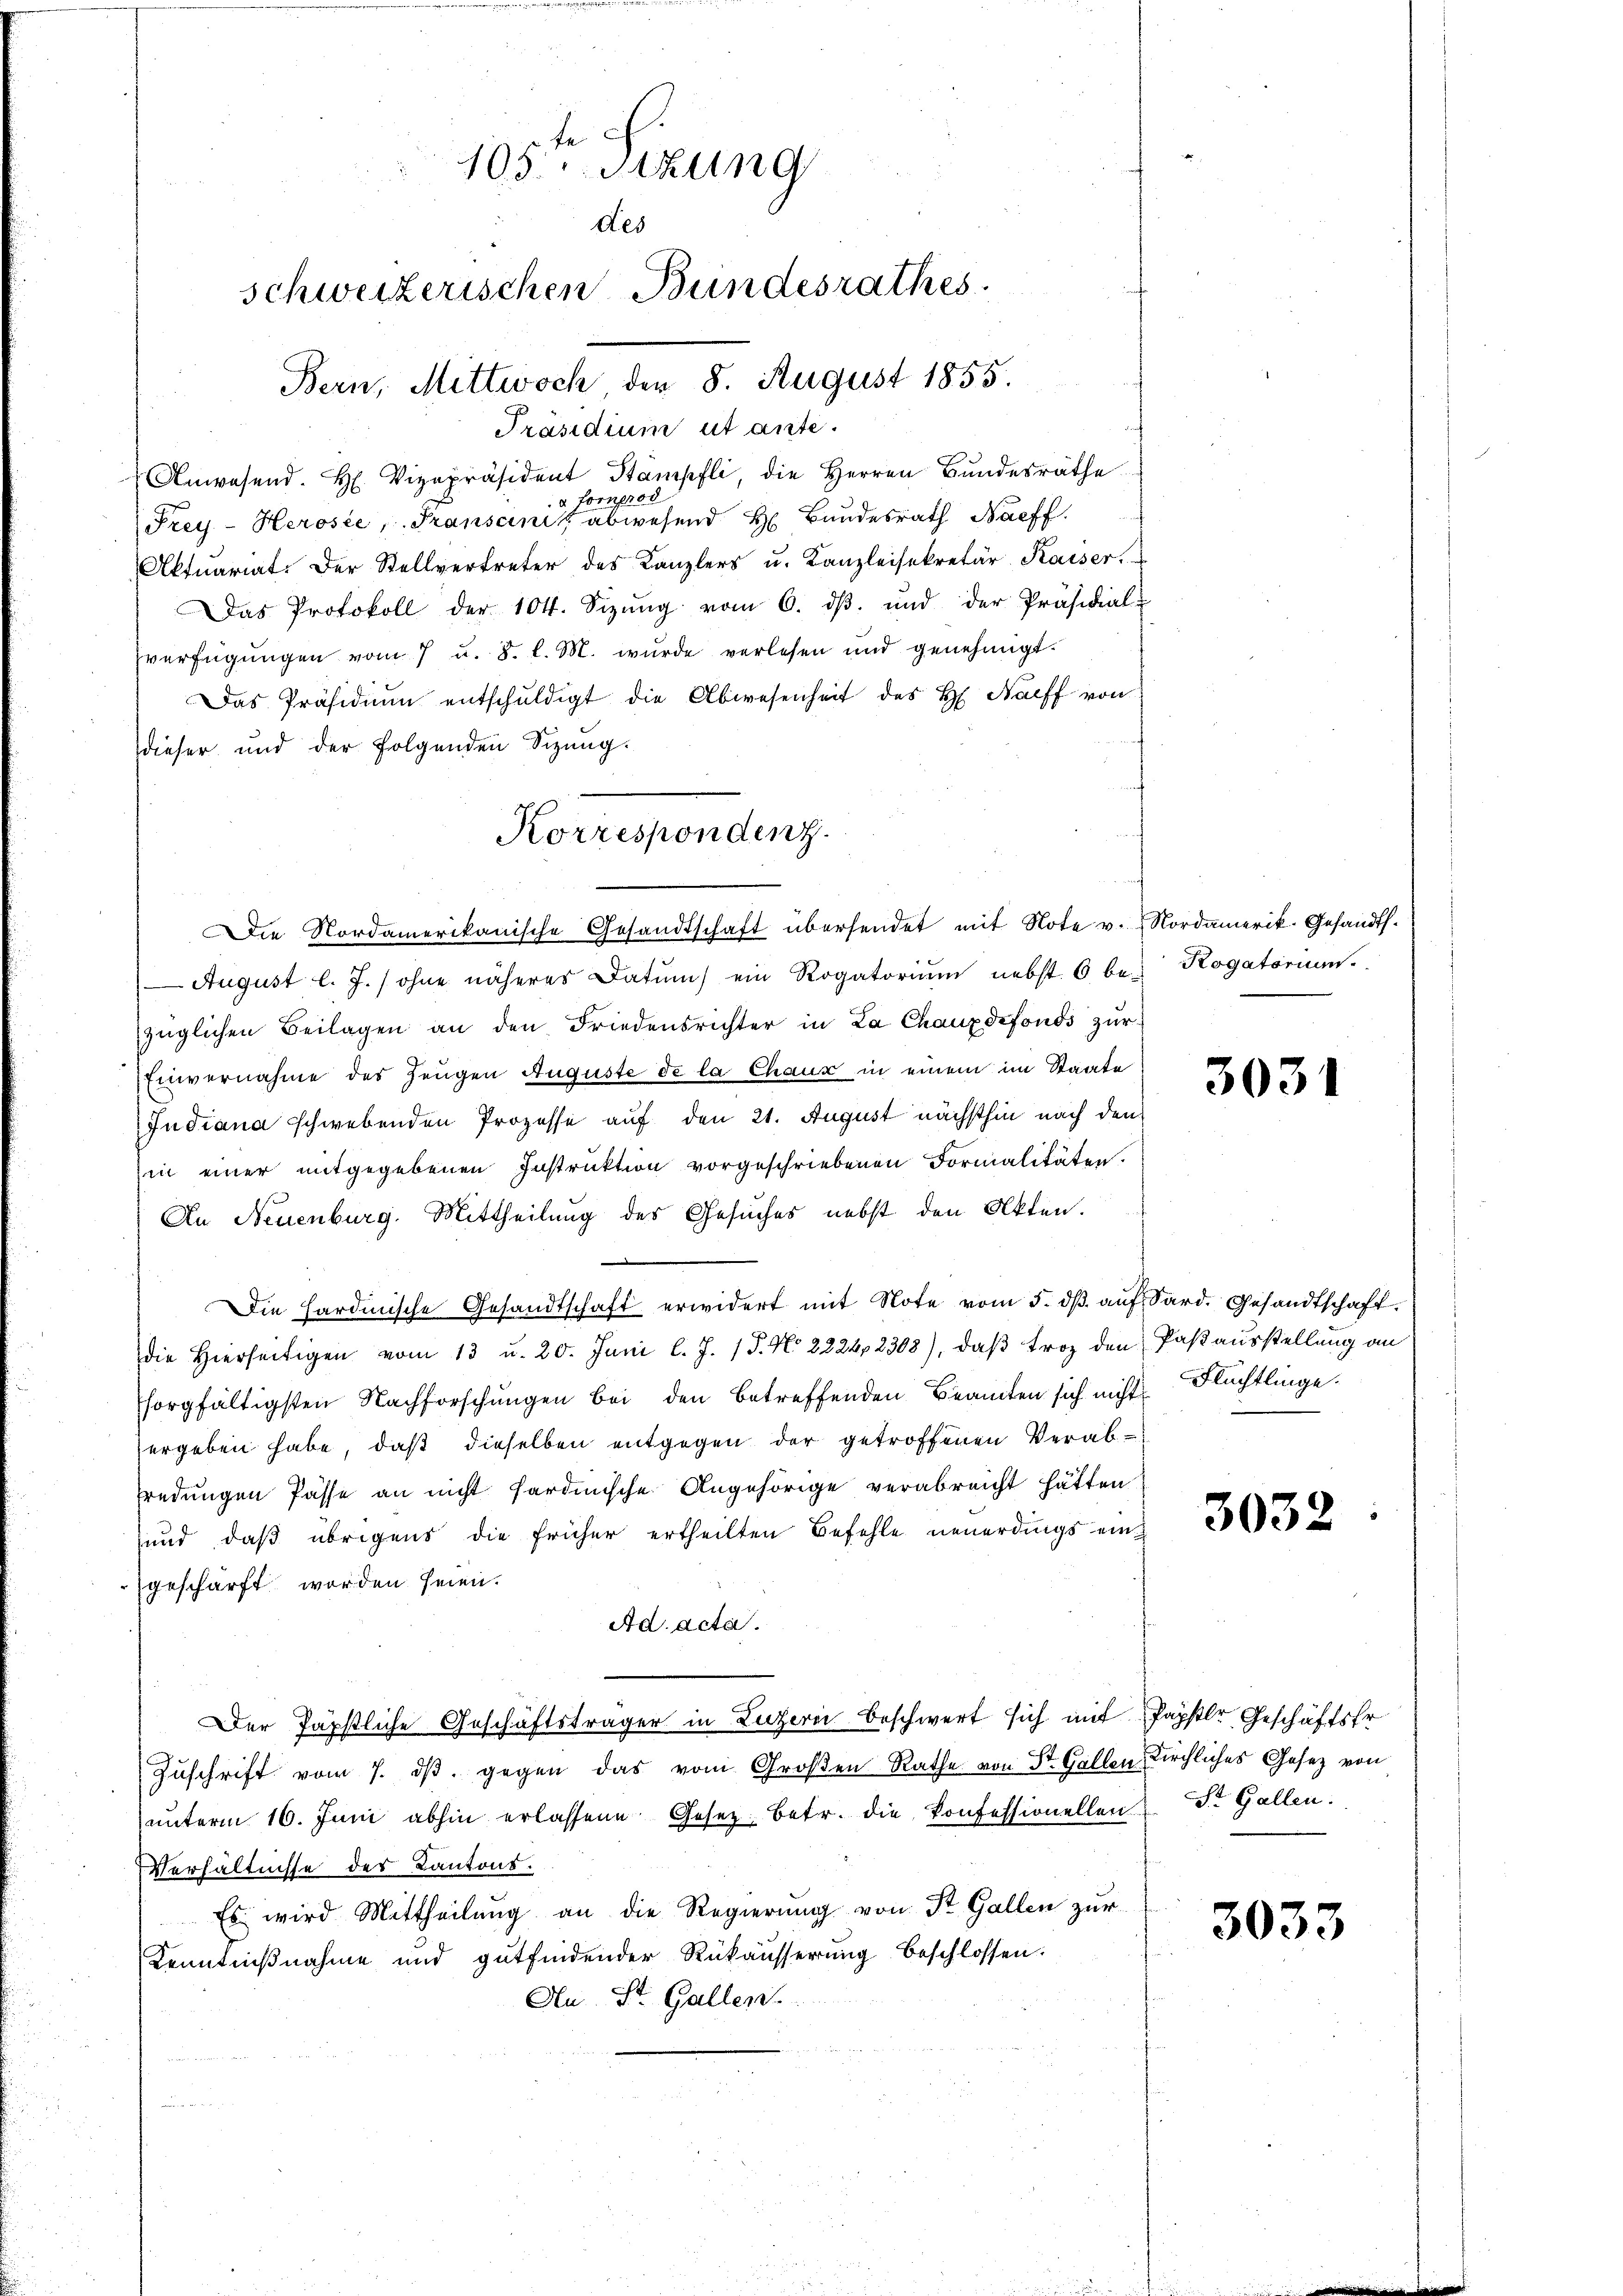
105ten Sizung
des
schweizerischen Bundesrathes
Bern, Mittwoch der 8. August 1855.

Anwesend. H. Vizepräsident Stämpfli, die Herren Bŭndesräthe
ornprod
d.
Frey-Herosie, Transank abwesend H. Bundesrath Bacff.
Aktuariat. Der Stellvertreter des Kanzlers u. Kanzleisekretär Kaiser.
Das Protokoll der 104. Sizŭng vom 6. dβ. und der Präsidial-
verfügŭngen vom 7 u. 8. l. M. wurde verlesen und genehmigt.
Das Präsidiŭm entschŭldigt die Abwesenheit des H. Naeff von
dieser und der folgenden Sizung.
August l. J. / ohne näheres Datum) ein Rogatoriŭm nebst 6 be- Rogatorium.
züglichen Beilagen an den Friedensrichter in La Chauxdefonds zur
Einvernahme des Zeugen Auguste de la Chaux in einem im Staate
Judiana schwebenden Prozesse auf den 21. August nächsthin nach den
in einer mitgegebenen Instruktion vorgeschriebenen Formalitäten.
An Neuenburg. Mittheilung des Gesuches nebst den Akten.
Die Hardinische Gesandtschaft erwidert mit Note vom 5. dβ aŭf Sard. Gesandtschaft.
die Hierseitigen vom 13 u. 20. Juni l. J. 15. No. 2224, 2308), daβ Froz den Paßausstellung an
sorgfältigsten Nachforschungen bei den betreffenden Beamten sich nicht Flüchtlinge.
ergeben habe, daß dieselben entgegen der getroffenen Verabfredungen Pässe an nicht hardinische Angehörige verabreicht hätten
und, daß übrigens die früher ertheilten Befehle neuerdings eingeschärft worden seien.
Ad acta.
Der Jäpstliche Geschäftsträger in Luzern beschwert sich mit Pappler Geschäftsfr.
Zŭschrift vom 7. dβ gegen das vom Großen Rathe von St. Gallen Kirchliches Gesetz von
ŭnterm 16. Juni abhin erlassene Gesetz betr. die Konfessionellen St. Gallen.
Verhältnisse des Kantons.
Es wird Mittheilung an die Regierung von St. Gallen zur
Kenntnißnahme und gutfindender Rükäusserung beschlossen:
An St. Gallen.

Präsidium et ante.

Korrespondenz
Die Nordamerikanische Gesandtschaft übersendet mit Note v. Nordamerik. Gesandts.

3031

3032

3033